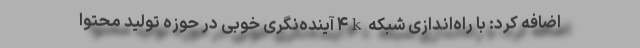
اضافه کرد: با راه‌اندازی شبکه ۴k آینده‌نگری خوبی در حوزه تولید محتوا